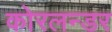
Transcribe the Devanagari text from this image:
कोरलन्डर